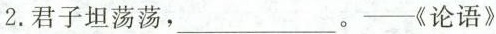
2.君子坦荡荡，___。——《论语》